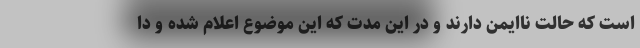
است که حالت ناایمن دارند و در این مدت که این موضوع اعلام شده و دا